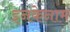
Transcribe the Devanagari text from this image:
इनकेनाम